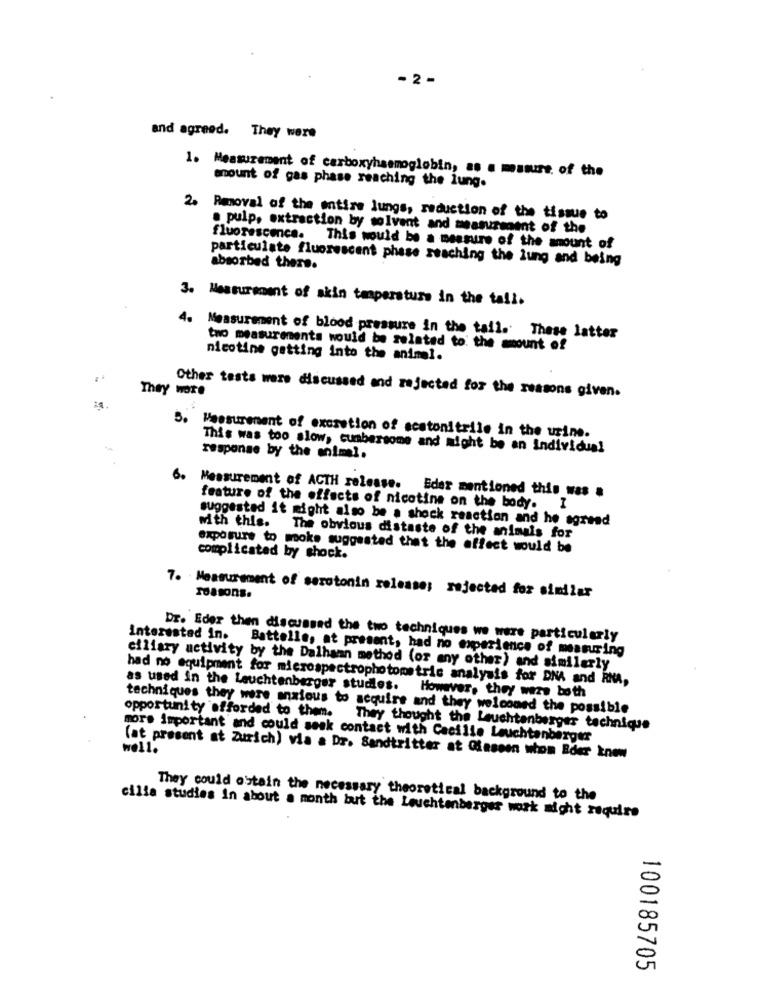
- 2 -
and agreed. They were
1. Measurement of carboxyhaemoglobin, as a measure of the
amount of gas phase reaching the lung.
2. Removal of the entire lungs, reduction of the tissue to
. pulp, extraction by solvent and measurement of the
fluorescence. This would be a measure of the amount of
particulate fluorescent phase reaching the lung and being
absorbed there.
3. Measurement of skin temperature in the tail.
4. Measurement of blood pressure in the tail. These latter
tno measurements would be related to: the amount of
nicotine getting into the animal.
They wore
Other tests were discussed and rejected for the reasons given.
5.
Measurement of excretion of scatonitrile in the urine.
This was too slow, cumbersome and might be an Individual
response by the animal.
6.
Measurement of ACTH release.
Eder mentioned this was #
feature of the effects of nicotine on the body. I
suggested it might also be a shock reaction and he agreed
with this. The obvious distaste of the animals for
exposure to moko suggested that the effect would be
complicated by shock.
7. Measurement of serotonin release; rejected for similar
reasons.
Dr. Eder then discussed the two techniques we were particularly
Interested in. Battelle, at present, had no experience of measuring
ciliary activity by the Dalhann method (or any other) and similarly
had no equipment for microspectrophotometric analysis for DNA and RIA,
as used in the Leuchtenberger studies. However, they were both
techniques they were anxious to acquire and they welcomed the possible
opportunity afforded to them.
They thought the Leuchtenberger technique
more important and could seek contact with Cacilie Leuchtenberger
well.
(at present at Zurich) via a Dr. Sandtritter at Glassen wton Bder know
They could obtain the necessary theoretical background to the
cilla studies in about a month but the Leuchtenberger work might require
100185705